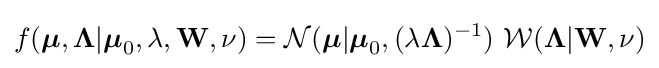
f({\boldsymbol {\mu }},{\boldsymbol {\Lambda }}|{\boldsymbol {\mu }}_{0},\lambda ,\mathbf {W} ,\nu )={\mathcal {N}}({\boldsymbol {\mu }}|{\boldsymbol {\mu }}_{0},(\lambda {\boldsymbol {\Lambda }})^{-1})\ {\mathcal {W}}({\boldsymbol {\Lambda }}|\mathbf {W} ,\nu )